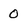
Character: 0